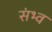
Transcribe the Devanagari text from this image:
संभ्व